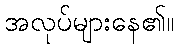
အလုပ်များနေ၏။